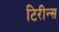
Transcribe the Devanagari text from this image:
टिरीन्स